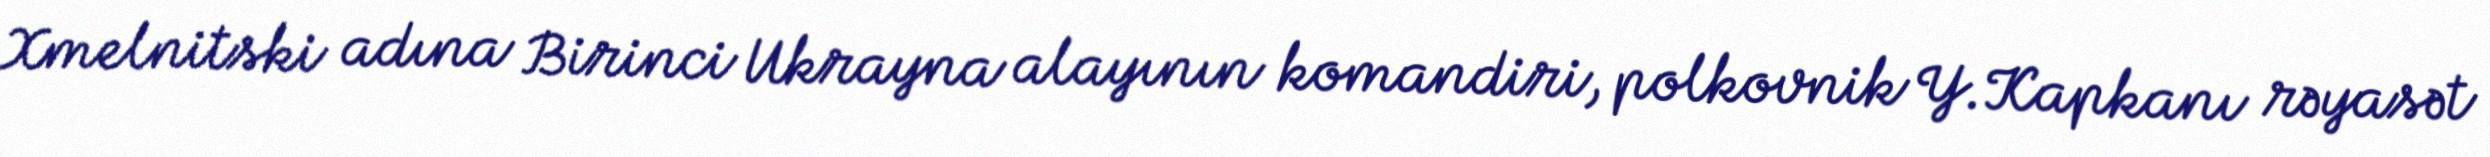
Xmelnitski adına Birinci Ukrayna alayının komandiri, polkovnik Y.Kapkanı rəyasət